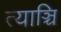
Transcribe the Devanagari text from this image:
त्याञ्चि